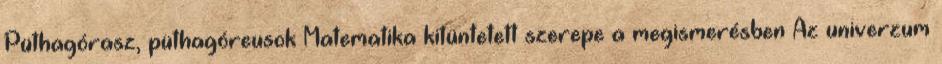
Püthagórasz, püthagóreusok Matematika kitüntetett szerepe a megismerésben Az univerzum